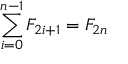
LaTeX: \sum _ { i = 0 } ^ { n - 1 } F _ { 2 i + 1 } = F _ { 2 n }